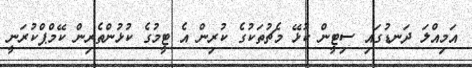
އަމިއްލަ ދަނޑުގައި ސިޓީން ކުޅޭ މެޗުތަކުގެ ކުރިން އެ ޓީމުގެ ކުޅުންތެރިން ކޭމްޕްކުރަނީ